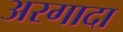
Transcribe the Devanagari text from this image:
अरगादा